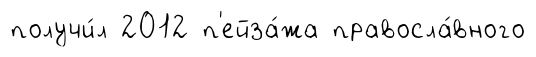
получи́л 2012 п'ейза́жа правосла́вного